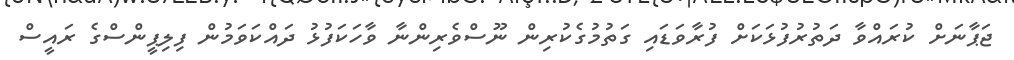
ޖަޕާނަށް ކުރައްވާ ދަތުރުފުޅަކަށް ފުރާވަޑައި ގަތުމުގެކުރިން ނޫސްވެރިންނާ ވާހަކަފުޅު ދައްކަވަމުން ފިލިޕީންސްގެ ރައީސް